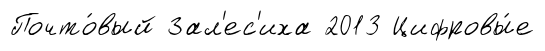
Почто́вый Зал'ес'иха 2013 Цифровы́е